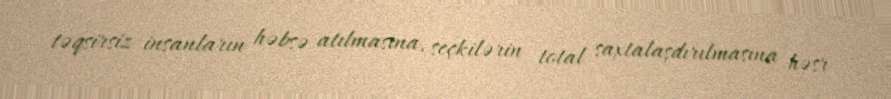
təqsirsiz insanların həbsə atılmasına, seçkilərin total saxtalaşdırılmasına həsr